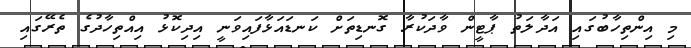
މި އިންތިހާބުގައި އަދާލަތު ޕާޓީން ވާދަކުރާ ގޮނޑިތަށް ކަނޑައަޅާފައިވަނީ އިދިކޮޅު އިއްތިހާދުގެ ތެރޭގައި